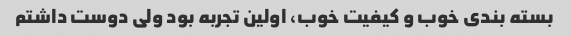
بسته بندی خوب و کیفیت خوب، اولین تجربه بود ولی دوست داشتم